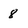
Character: 8